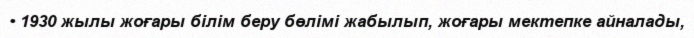
• 1930 жылы жоғары білім беру бөлімі жабылып, жоғары мектепке айналады,